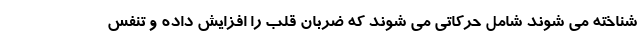
شناخته می شوند شامل حرکاتی می شوند که ضربان قلب را افزایش داده و تنفس